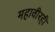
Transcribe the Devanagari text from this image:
महावीरही